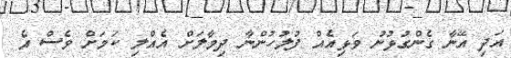
އަދި އޭނާ ގެންގުޅުނު ވަޅިއެއް ފުލުހުންނާ ދިމާލަށް އެއްލި ކަމަށް ވެސް އެ